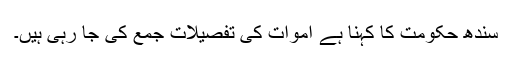
سندھ حکومت کا کہنا ہے اموات کی تفصیلات جمع کی جا رہی ہیں۔